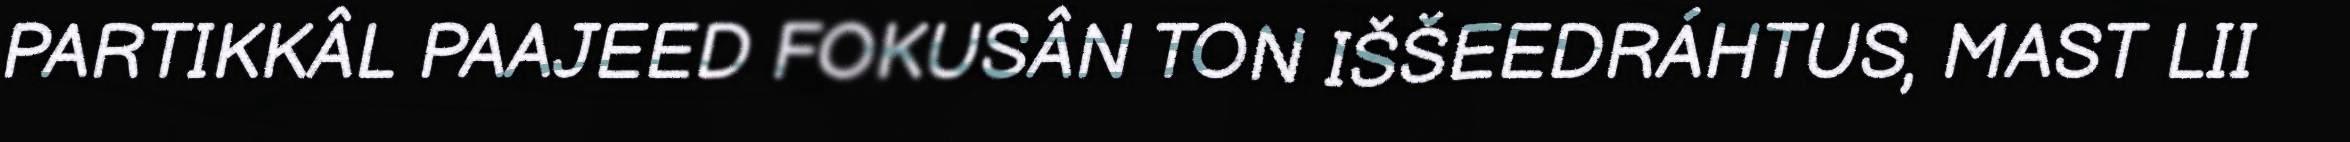
PARTIKKÂL PAAJEED FOKUSÂN TON IŠŠEEDRÁHTUS, MAST LII